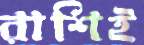
রাশিই